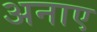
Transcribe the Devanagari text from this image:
अनाए